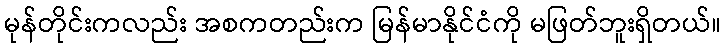
မုန်တိုင်းကလည်း အစကတည်းက မြန်မာနိုင်ငံကို မဖြတ်ဘူးရှိတယ်။